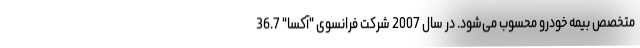
متخصص بیمه خودرو محسوب می‌شود. در سال 2007 شرکت فرانسوی "آکسا" 36.7